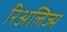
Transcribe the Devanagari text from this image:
रिअलिज्म